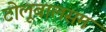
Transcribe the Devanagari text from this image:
टोलूबालसम